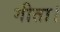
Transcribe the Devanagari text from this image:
गीता।